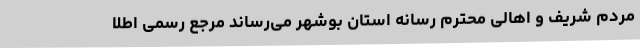
مردم شریف و اهالی محترم رسانه استان بوشهر می‌رساند مرجع رسمی اطلا